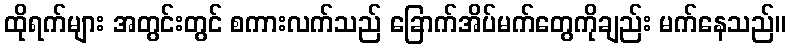
ထိုရက်များ အတွင်းတွင် စကားလက်သည် ခြောက်အိပ်မက်တွေကိုချည်း မက်နေသည်။